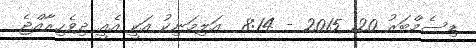
ޑިސެމްބަރު 20